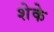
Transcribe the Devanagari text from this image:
शेके